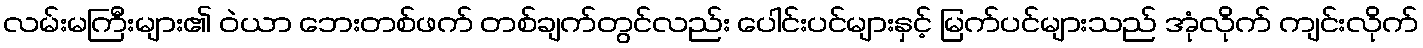
လမ်းမကြီးများ၏ ဝဲယာ ဘေးတစ်ဖက် တစ်ချက်တွင်လည်း ပေါင်းပင်များနှင့် မြက်ပင်များသည် အုံလိုက် ကျင်းလိုက်